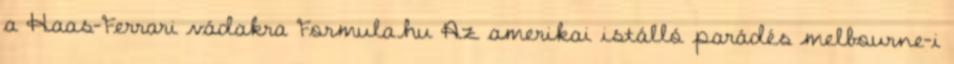
a Haas-Ferrari vádakra Formula.hu Az amerikai istálló parádés melbourne-i